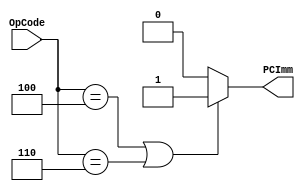

module PCImmMod (OpCode, PCImm);

input [4:0]	OpCode;
output		PCImm;

assign PCImm = ((OpCode == 5'b00100) | (OpCode == 5'b00110)) ? 1'b1 : 1'b0;

endmodule